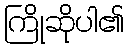
ကြိုဆိုပါ၏